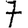
Digit: 7